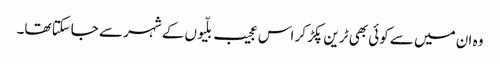
وہ ان میں سے کوئی بھی ٹرین پکڑ کر اس عجیب بلّیوں کے شہر سے جاسکتا تھا۔